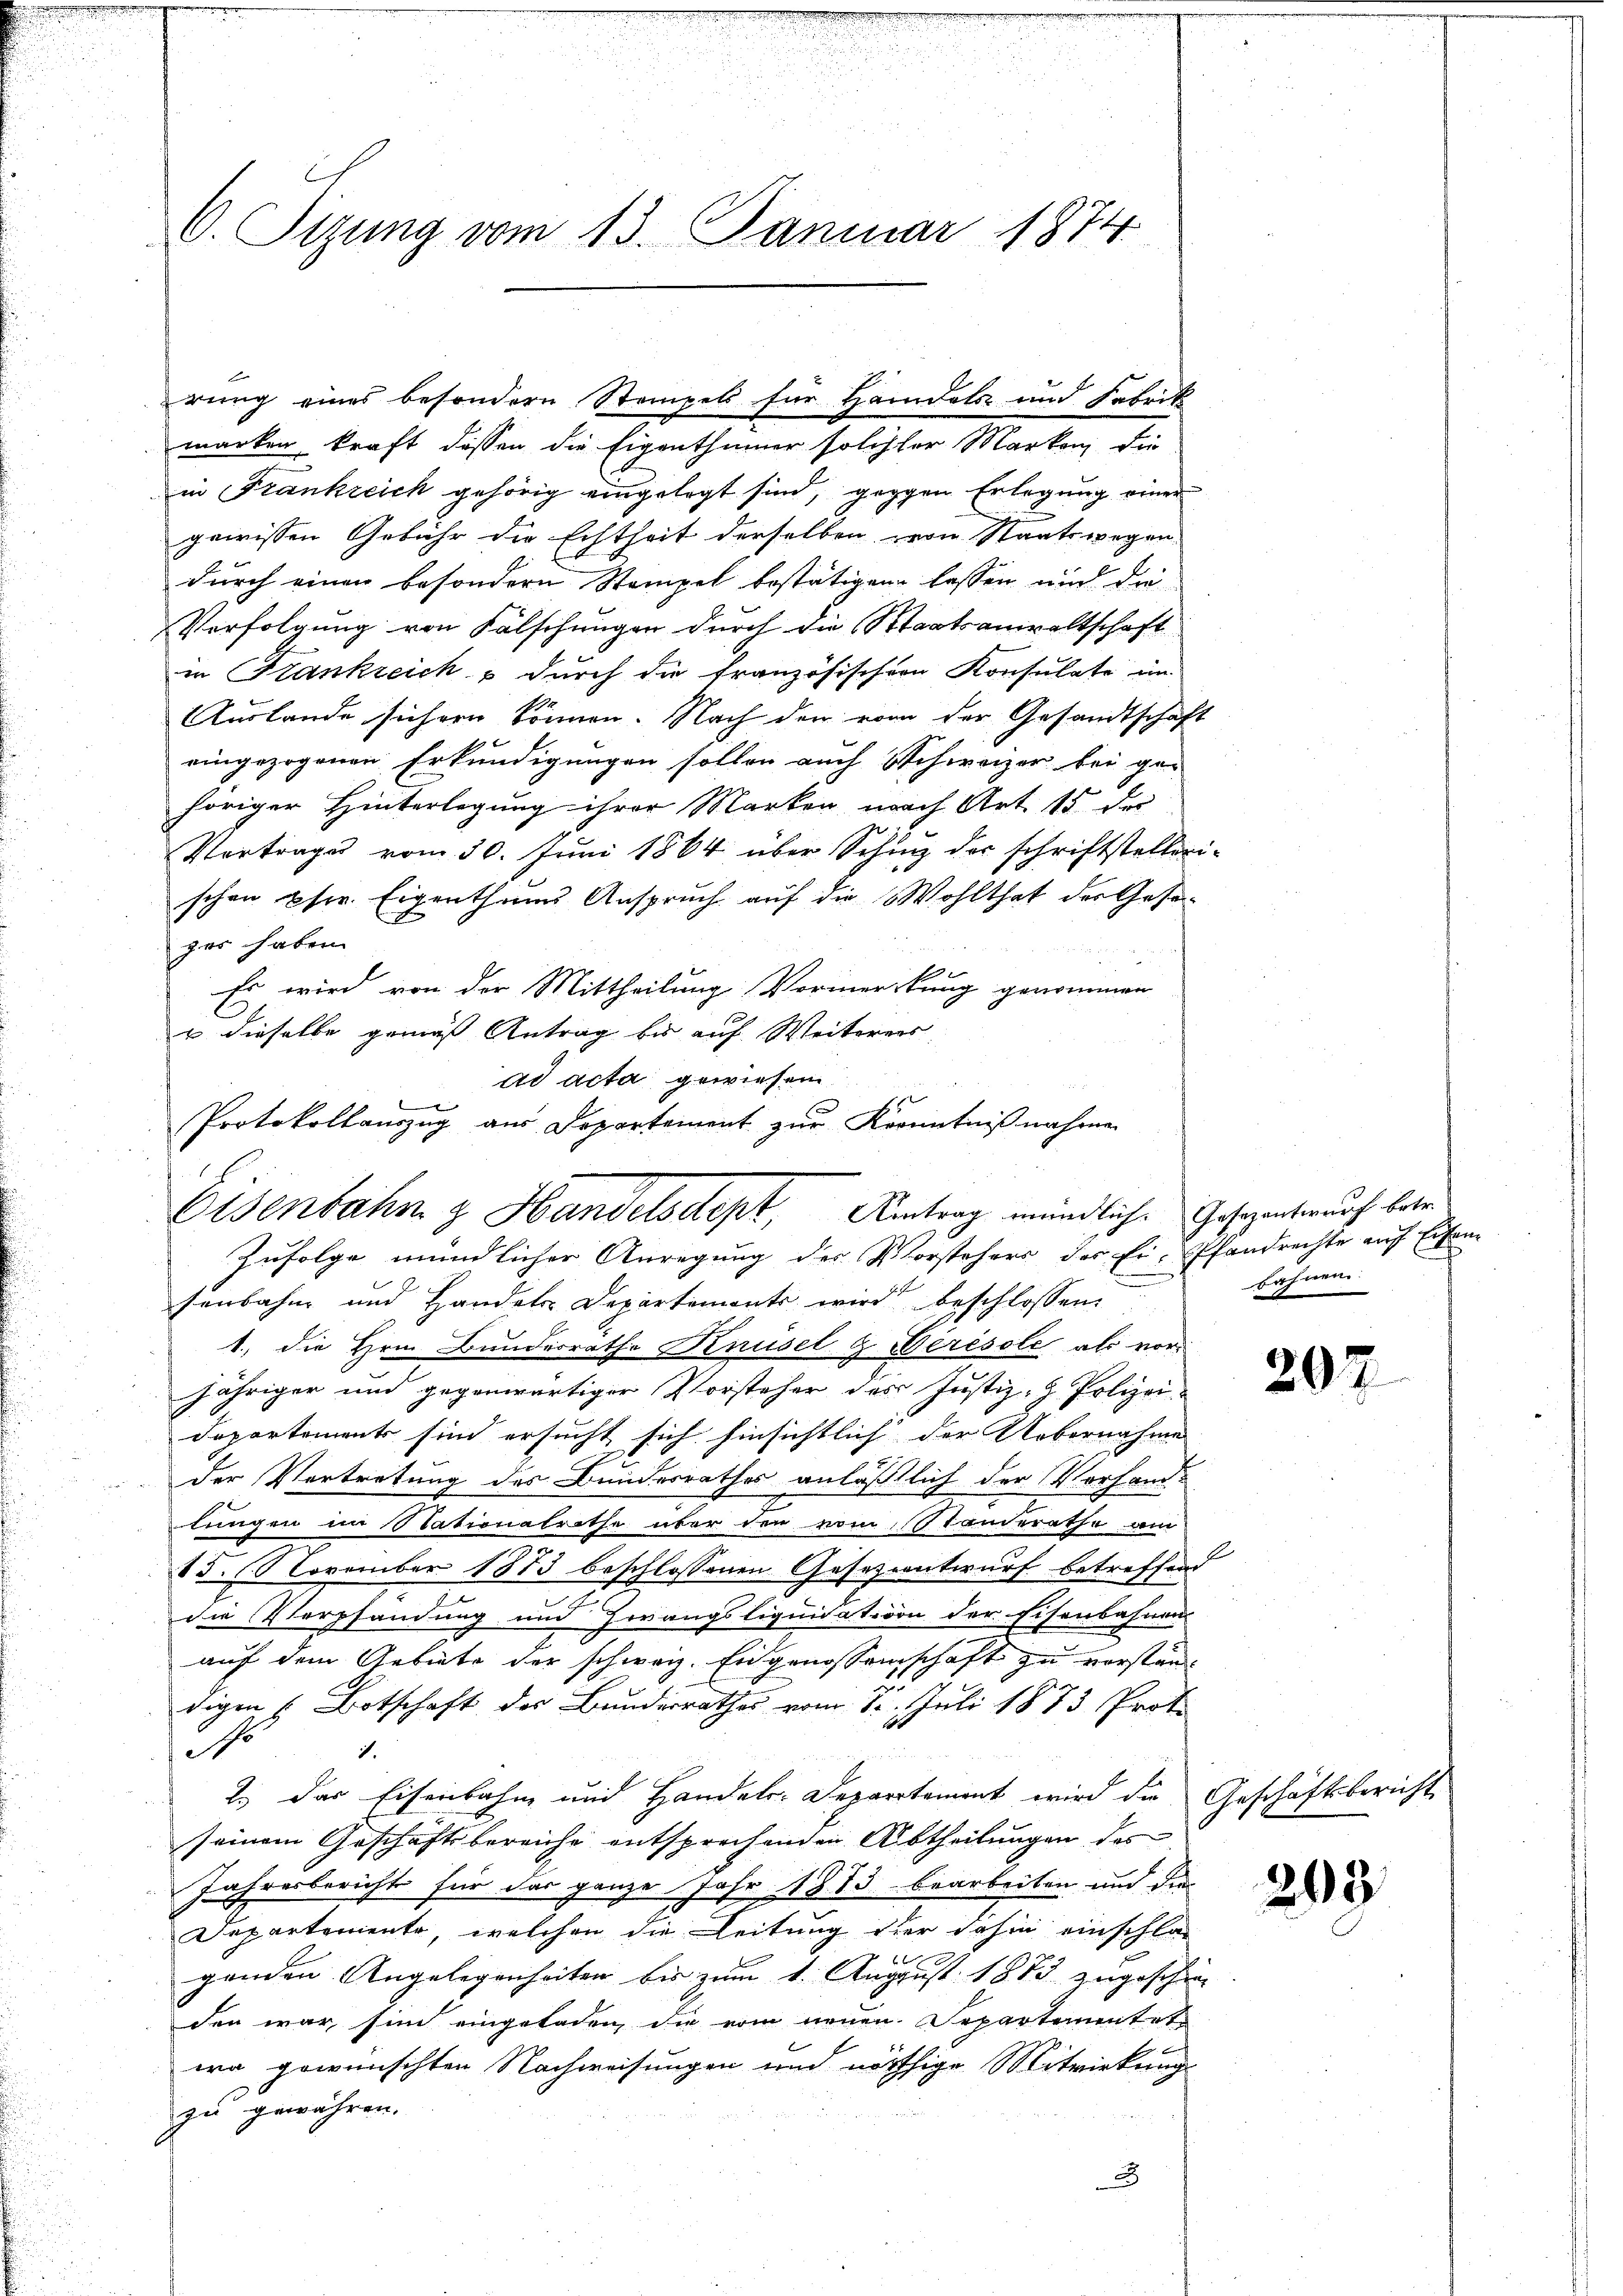
E
C. Sitzung vom 13. Januar 1874

in Frankreich gehörig eingelegt sind, gegen Erlegung einer
gewissen Gebühr die Echtheit derselben von Staatswegen-
durch einen besondern Stempel bestätigen lassen auch die
Verfolgung von Fälschungen durch die Staatsanwaltschaft
in Krankreich durch die französischer Konsulate im
Auslande sichern können. Nach den von der Gesandtschaft
eingezogenen Erkundigungen sollen auch Schweizer bei ge-
höriger Hinterlegung ihrer Marken nach Art. 15 des
Vertrage vom 30. Juni 1864 über Schin der schriftstellerischon user. Eigenthums Anspruch auf die Wohlthat der Geseger haben.
9
Es wird von der Mittheilung Vormerckung genommen
u dieselbe gemäß Antrag bis auf Weiterers
ad acta gewiesen.

Protokollauszug aus Departement zur Kenntnißnahmen

rung eines besondern Stempels für Handels- und Fabrik
marken kraft dessen die Eigenthümer solcher Marken, die

Eisenbahn & Handelsdept, Eintrag mündliche Gesezentwurf betr

Zufolge mündlicher Anregung der Vorstehers des Ei, Pfandrechte auf Eisen

senbahn und Handels Departements wird beschlossen
1., die Hrn. Bundesrathe Knüsel & Bérésole als vorjähriger und gegenwärtiger Vorsteher des Justiz- & Polizei
Departements sind ersucht sich hinsichtlich der Uebernahme
der Vortretung des Bundesrathes anläßtlich der Vorfand-
lungen im Stationalrathe über den vom Standerathe am
15. November 1873 beschlossenen Gesezeantwurf betreffend
die Verpfandung und Herangsliquidation der Eisenbahnen
auf dem Gebiete der schweiz. Eigenossenschaft zu vorstand
7
digen Botschaft der Bunderrathes vom 15. Juli 1873 Prot
No
1.
2.) Das Eisenbahn und Handels-Departement wird die Geschäftsbericht
seinem Geschäftsbereiche entsprechenden Abtheilungen des
Jahresbericht für das ganze Jahr 1883 bearbeiten und die
Departemente, welchen die Leitung der dahin einschla-
genden Angelegenheiten bis zum 1. August 1883 zugeschie
den war sie eingeladen, die vom neuen Departementate
wa gewünschten Nachweisungen und nöthige Mitwirkung
zu gewähren.
2

bahnen.

207

203